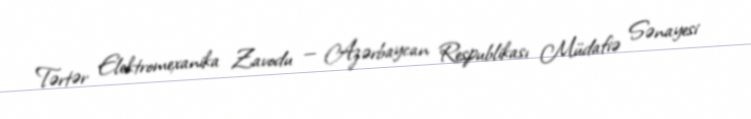
Tərtər Elektromexanika Zavodu — Azərbaycan Respublikası Müdafiə Sənayesi